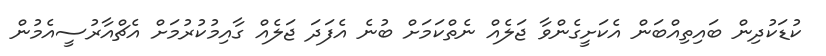
ކުޑަކުދިން ބައިތިއްބަން އެކަށީގެންވާ ޖަލެއް ނެތްކަމަށް ބުނެ އެފަދަ ޖަލެއް ގާއިމުކުރުމަށް އެޗްއާރުސީއެމުން